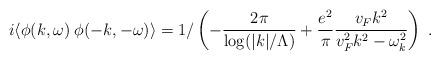
LaTeX: \begin{align*}i \langle \phi (k,\omega ) \; \phi (-k,-\omega ) \rangle = 1 / \left( -\frac{2 \pi}{\log(|k|/\Lambda) } + \frac{e^2}{\pi}\frac{v_F k^2} {v_F^2 k^2 - \omega_k^2 } \right) \; .\;\end{align*}